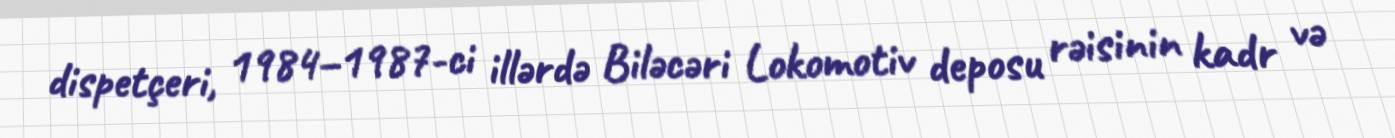
dispetçeri, 1984–1987-ci illərdə Biləcəri Lokomotiv deposu rəisinin kadr və